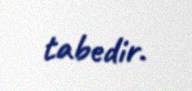
tabedir.